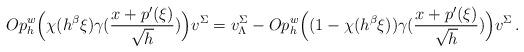
LaTeX: \begin{align*}Op_h^w\Big(\chi(h^{\beta}\xi)\gamma(\frac{x+p'(\xi)}{\sqrt{h}})\Big)v^{\Sigma} = v^{\Sigma}_{\Lambda} - Op_h^w\Big((1-\chi(h^{\beta}\xi))\gamma(\frac{x+p'(\xi)}{\sqrt{h}})\Big)v^{\Sigma}\,.\end{align*}